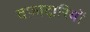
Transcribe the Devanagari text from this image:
वफ़ादारियों